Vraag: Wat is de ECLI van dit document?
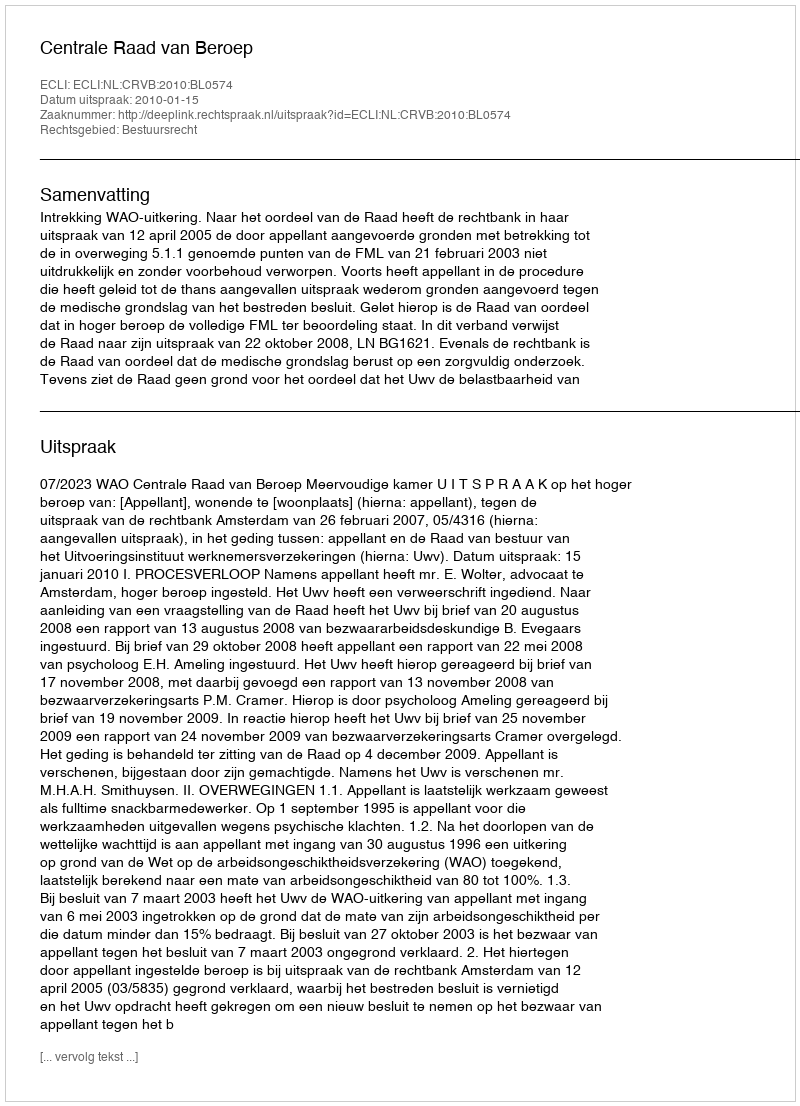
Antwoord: ECLI:NL:CRVB:2010:BL0574